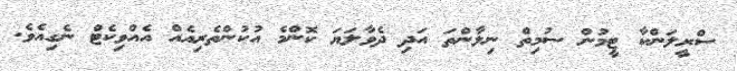
ސްރީލަންކާ ޓީމުން ސުމިތް ނިލާންތަ އަދި ދެވާލަޔަ ކޮންމެ އުކުންތެރިއެއް އެއްވިކެޓް ނެގިއެވެ.